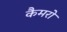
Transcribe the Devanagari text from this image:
कैमरो